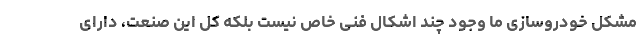
مشکل خودروسازی ما وجود چند اشکال فنی خاص نیست بلکه کل این صنعت، دارای